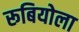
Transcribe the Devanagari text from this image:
रूबियोला